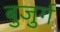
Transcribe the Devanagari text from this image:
बुजु़र्ग